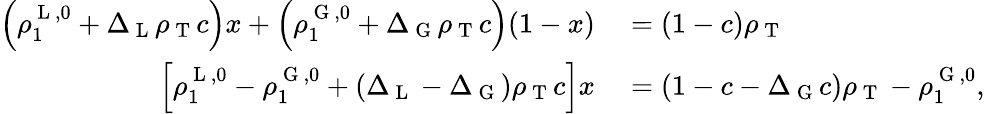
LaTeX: \begin{array}{rl}{\left(\rho_{1}^{\mathrm{~L~},0}+\Delta_{\mathrm{~L~}}\rho_{\mathrm{~T~}}c\right)x+\left(\rho_{1}^{\mathrm{~G~},0}+\Delta_{\mathrm{~G~}}\rho_{\mathrm{~T~}}c\right)(1-x)}&{{}=(1-c)\rho_{\mathrm{~T~}}}\\ {\left[\rho_{1}^{\mathrm{~L~},0}-\rho_{1}^{\mathrm{~G~},0}+(\Delta_{\mathrm{~L~}}-\Delta_{\mathrm{~G~}})\rho_{\mathrm{~T~}}c\right]x}&{{}=(1-c-\Delta_{\mathrm{~G~}}c)\rho_{\mathrm{~T~}}-\rho_{1}^{\mathrm{~G~},0},}\end{array}